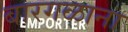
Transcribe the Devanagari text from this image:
बारगळाना